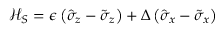
\mathcal { H } _ { S } = \epsilon \left( \hat { \sigma } _ { z } - \tilde { \sigma } _ { z } \right) + \Delta \left( \hat { \sigma } _ { x } - \tilde { \sigma } _ { x } \right)